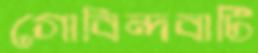
গোবিন্দবাটি